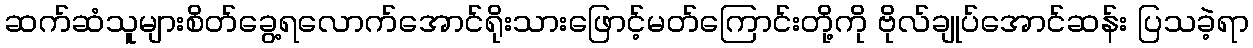
ဆက်ဆံသူများစိတ်ခွေ့ရလောက်အောင်ရိုးသားဖြောင့်မတ်ကြောင်းတို့ကို ဗိုလ်ချုပ်အောင်ဆန်း ပြသခဲ့ရာ